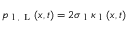
p _ { \mathrm { ~ l ~ } , \mathrm { ~ L ~ } } ( \boldsymbol { x } , t ) = 2 \sigma _ { \mathrm { ~ l ~ } } \kappa _ { \mathrm { ~ l ~ } } ( \boldsymbol { x } , t )